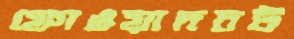
ফোওয়াদচট